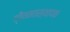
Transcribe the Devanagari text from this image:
द्वैतमतस्थापक